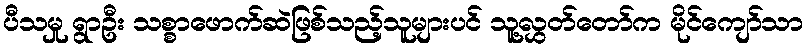
ပီသမှု ရွာဦး သစ္စာဖောက်ဆဲဖြစ်သည့်သူများပင် သူ့လွှတ်တော်က မိုင်ကျော်သာ